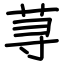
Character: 荨